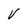
Character: V